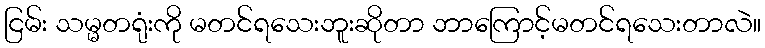
ငြမ်း သမ္မတရုံးကို မတင်ရသေးဘူးဆိုတာ ဘာကြောင့်မတင်ရသေးတာလဲ။